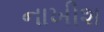
નાખીશ